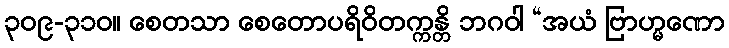
၃၀၉-၃၁၀။ စေတသာ စေတောပရိဝိတက္ကန္တိ ဘဂဝါ “အယံ ဗြာဟ္မဏော